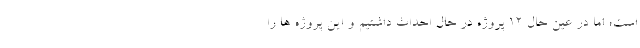
است؛ اما در عین حال ١٢ پروژه در حال احداث داشتیم و این پروژه ها را